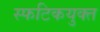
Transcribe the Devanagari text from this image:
स्फटिकयुक्त